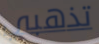
تذهبي